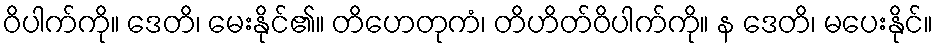
ဝိပါက်ကို။ ဒေတိ၊ မေးနိုင်၏။ တိဟေတုကံ၊ တိဟိတ်ဝိပါက်ကို။ န ဒေတိ၊ မပေးနိုင်။